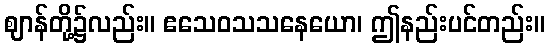
ဈာန်တို့၌လည်း။ ဧသေဝသသနေယော၊ ဤနည်းပင်တည်း။